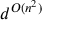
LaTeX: d ^ { O ( n ^ { 2 } ) }